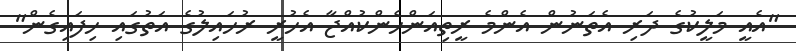
"އެއީ މަލީކުގެ ދަރި އެތަނުން އެންމެ ރީތިއަންހެންކުއްޖާ އެހުރީ ރުހައިލުގެ އަތުގައި ހިފައިގެން"